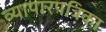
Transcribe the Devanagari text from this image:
व्यापारपत्रिका